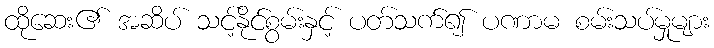
ထိုဆေး၏ အဆိပ် သင့်နိုင်စွမ်းနှင့် ပတ်သက်၍ ပဏာမ စမ်းသပ်မှုများ